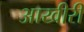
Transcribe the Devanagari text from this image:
आखीरी